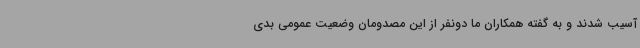
آسیب شدند و به گفته همکاران ما دونفر از این مصدومان وضعیت عمومی بدی